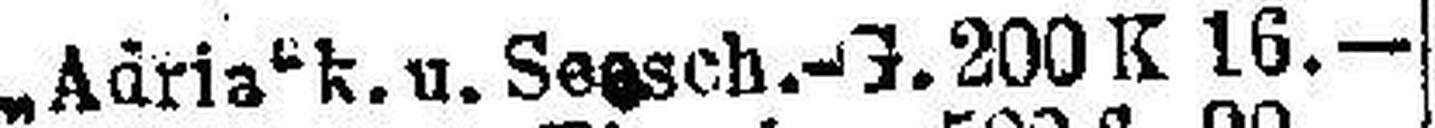
„Adria" k. u. Seasch. J. 200 K 16.—